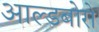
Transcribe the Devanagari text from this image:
आल्डबोरो